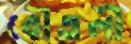
বৌতলী